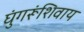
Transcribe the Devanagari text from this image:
घुंगरूंशिवाय